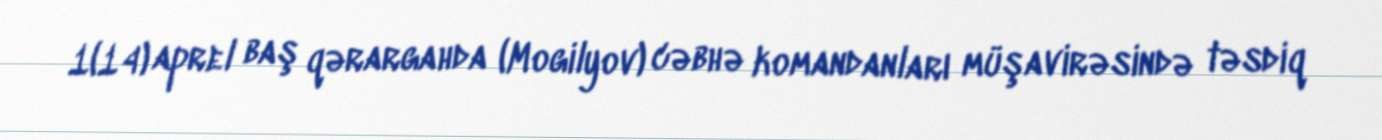
1(14) aprel baş qərargahda (Mogilyov) cəbhə komandanları müşavirəsində təsdiq